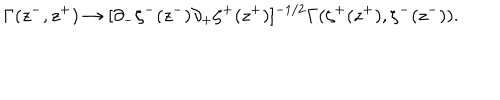
\Gamma ( z ^ { - } , z ^ { + } ) \to [ \partial _ { - } \zeta ^ { - } ( z ^ { - } ) \partial _ { + } \zeta ^ { + } ( z ^ { + } ) ] ^ { - 1 / 2 } \Gamma ( \zeta ^ { + } ( z ^ { + } ) , \zeta ^ { - } ( z ^ { - } ) ) .